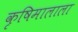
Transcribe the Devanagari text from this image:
कृषिमालाला